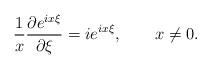
LaTeX: \begin{align*} \frac{1}{x}\frac{\partial e^{ix\xi}}{\partial \xi}=ie^{ix\xi}, \ \ \ \ \ \ x\neq 0. \end{align*}